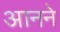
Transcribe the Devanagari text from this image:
आनने